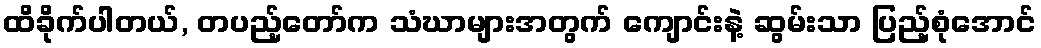
ထိခိုက်ပါတယ်, တပည့်တော်က သံဃာများအတွက် ကျောင်းနဲ့ ဆွမ်းသာ ပြည့်စုံအောင်